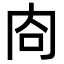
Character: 㕯